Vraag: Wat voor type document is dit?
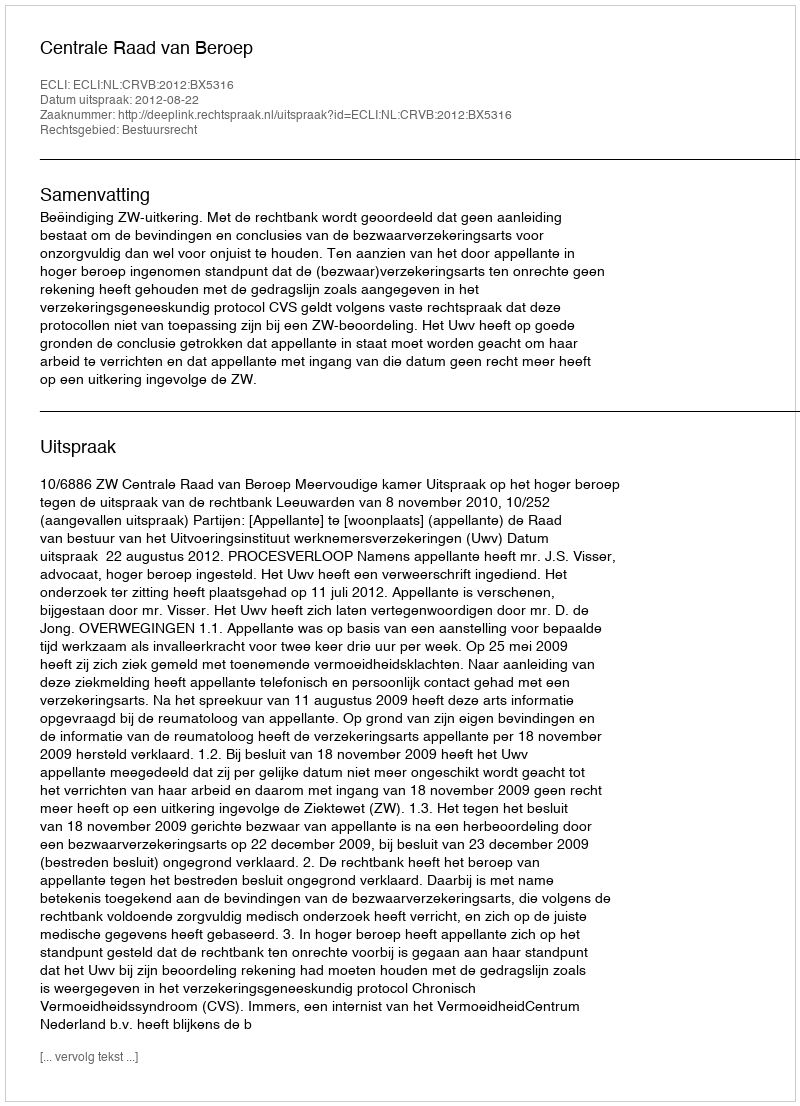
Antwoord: Uitspraak